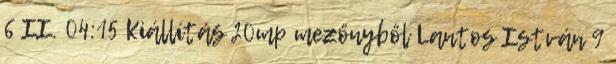
6 II. 04:15 Kiállítás 20mp mezőnyből Lantos István 9